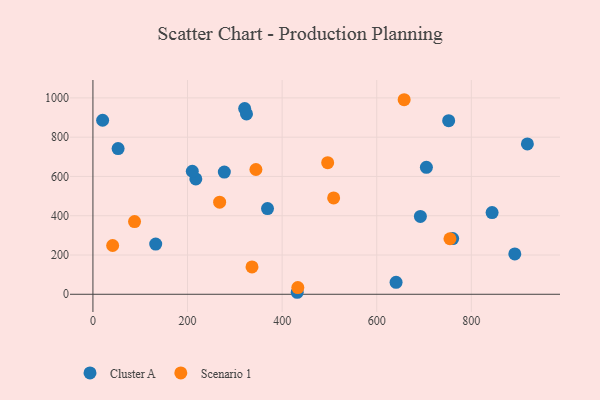
{"axis": {"x": "Engine Size", "y": "Fuel Efficiency"}, "legend": ["Cluster A", "Scenario 1"], "data": [{"x": "760.6", "y": 283.7, "type": "Cluster A"}, {"x": "217.5", "y": 587.4, "type": "Cluster A"}, {"x": "369.1", "y": 436.5, "type": "Cluster A"}, {"x": "20.5", "y": 886.2, "type": "Cluster A"}, {"x": "320.8", "y": 945.4, "type": "Cluster A"}, {"x": "431.9", "y": 10.2, "type": "Cluster A"}, {"x": "891.9", "y": 205.3, "type": "Cluster A"}, {"x": "324.7", "y": 918.1, "type": "Cluster A"}, {"x": "918.5", "y": 765.8, "type": "Cluster A"}, {"x": "277.8", "y": 622.4, "type": "Cluster A"}, {"x": "132.7", "y": 255.6, "type": "Cluster A"}, {"x": "210.1", "y": 626.3, "type": "Cluster A"}, {"x": "705.0", "y": 646.3, "type": "Cluster A"}, {"x": "640.9", "y": 60.7, "type": "Cluster A"}, {"x": "692.3", "y": 396.5, "type": "Cluster A"}, {"x": "53.2", "y": 741.8, "type": "Cluster A"}, {"x": "843.9", "y": 416.2, "type": "Cluster A"}, {"x": "752.1", "y": 883.7, "type": "Cluster A"}, {"x": "336.3", "y": 139.2, "type": "Scenario 1"}, {"x": "344.6", "y": 635.4, "type": "Scenario 1"}, {"x": "88.0", "y": 370.3, "type": "Scenario 1"}, {"x": "754.8", "y": 282.7, "type": "Scenario 1"}, {"x": "496.3", "y": 669.9, "type": "Scenario 1"}, {"x": "658.0", "y": 990.6, "type": "Scenario 1"}, {"x": "267.9", "y": 469.1, "type": "Scenario 1"}, {"x": "41.7", "y": 248.4, "type": "Scenario 1"}, {"x": "433.2", "y": 34.3, "type": "Scenario 1"}, {"x": "508.9", "y": 490.5, "type": "Scenario 1"}]}